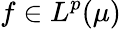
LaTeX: f\in L^{p}(\mu)